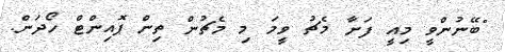
"ބޭނުންވީ މިއީ ފަށާ މެޗު ވީމަ މި މެޗުން ތިން ޕޮއިންޓް ހޯދަން.